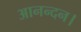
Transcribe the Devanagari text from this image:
आनन्दन।